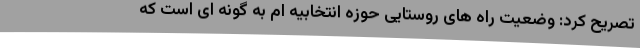
تصریح کرد: وضعیت راه های روستایی حوزه انتخابیه ام به گونه ای است که